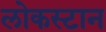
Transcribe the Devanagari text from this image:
लोकस्टान